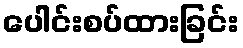
ပေါင်းစပ်ထားခြင်း